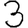
Digit: 3